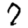
Digit: 7